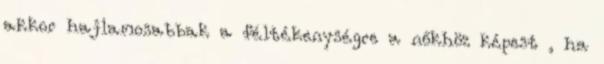
akkor hajlamosabbak a féltékenységre a nőkhöz képest , ha